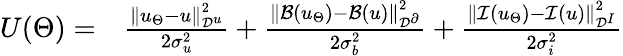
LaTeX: \begin{array}{rl}{U(\Theta)=}&{{}\frac{\left\| u_{\Theta}-u\right\| _{\mathcal{D}^{u}}^{2}}{2\sigma_{u}^{2}}+\frac{\left\| \mathcal{B}(u_{\Theta})-\mathcal{B}(u)\right\| _{\mathcal{D}^{\partial}}^{2}}{2\sigma_{b}^{2}}+\frac{\left\| \mathcal{I}(u_{\Theta})-\mathcal{I}(u)\right\| _{\mathcal{D}^{I}}^{2}}{2\sigma_{i}^{2}}}\end{array}